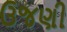
ઉજણી